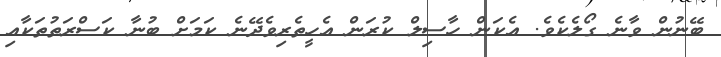
ބޭނުން ވާނެ ގޯލެކެވެ. އެކަން ހާސިލް ކުރަން އެހީތެރިވެދޭނެ ކަމަށް ބުނާ ކަސްރަތުތަކާއި